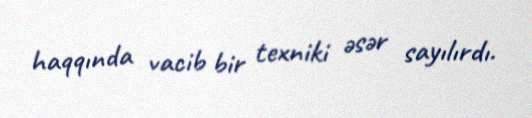
haqqında vacib bir texniki əsər sayılırdı.